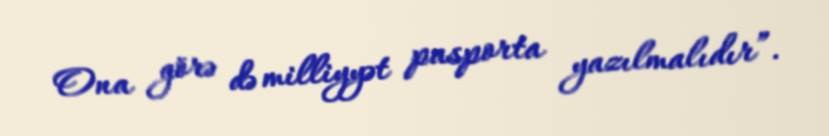
Ona görə də milliyyət pasporta yazılmalıdır”.